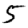
Digit: 5